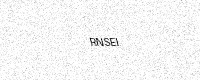
Text: RNSEI